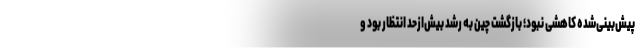
پیش‌بینی‌شده کاهشی نبود؛ بازگشت چین به رشد بیش‌ازحد انتظار بود و